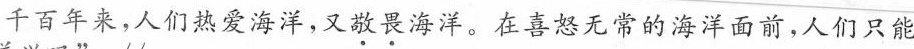
千百年来，人们热爱海洋，又敬畏海洋。在喜怒无常的海洋面前，人们只能